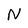
Character: N